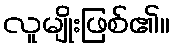
လူမျိုးဖြစ်၏။